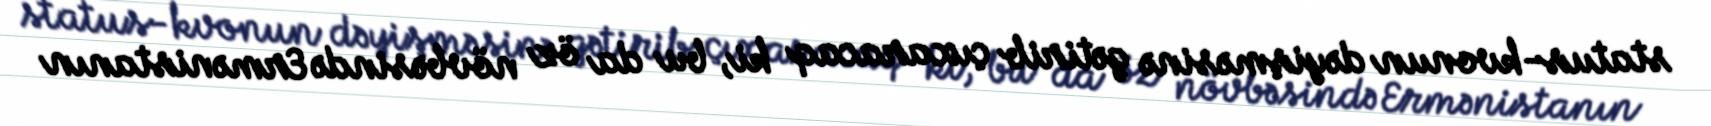
status-kvonun dəyişməsinə gətirib çıxaracaq ki, bu da öz növbəsində Ermənistanın